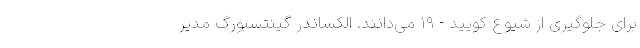
برای جلوگیری از شیوع کویید - ۱۹ می‌دانند. الکساندر گینتسبورگ مدیر